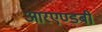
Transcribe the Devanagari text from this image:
आरएण्डबी